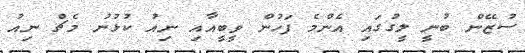
ސުޒޭން ބުނީ ލީގުގައި އެންމެ ފަހުން ވީބީއާއި ނިއު ކުޅުނު މެޗް ނިއު